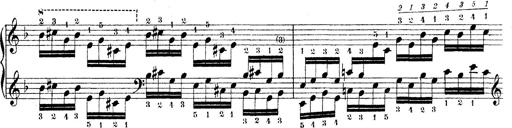
Title: Technische Studien
Composer: Franz Liszt